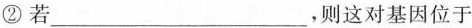
②若___，则这对基因位于